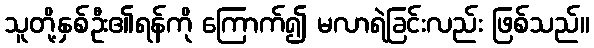
သူတို့နှစ်ဦး၏ရန်ကို ကြောက်၍ မလာရဲခြင်းလည်း ဖြစ်သည်။